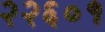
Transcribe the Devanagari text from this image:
२२६०१